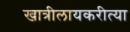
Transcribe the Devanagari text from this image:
खात्रीलायकरीत्या